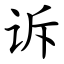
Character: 诉